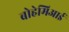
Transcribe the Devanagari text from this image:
बोहेमिआई